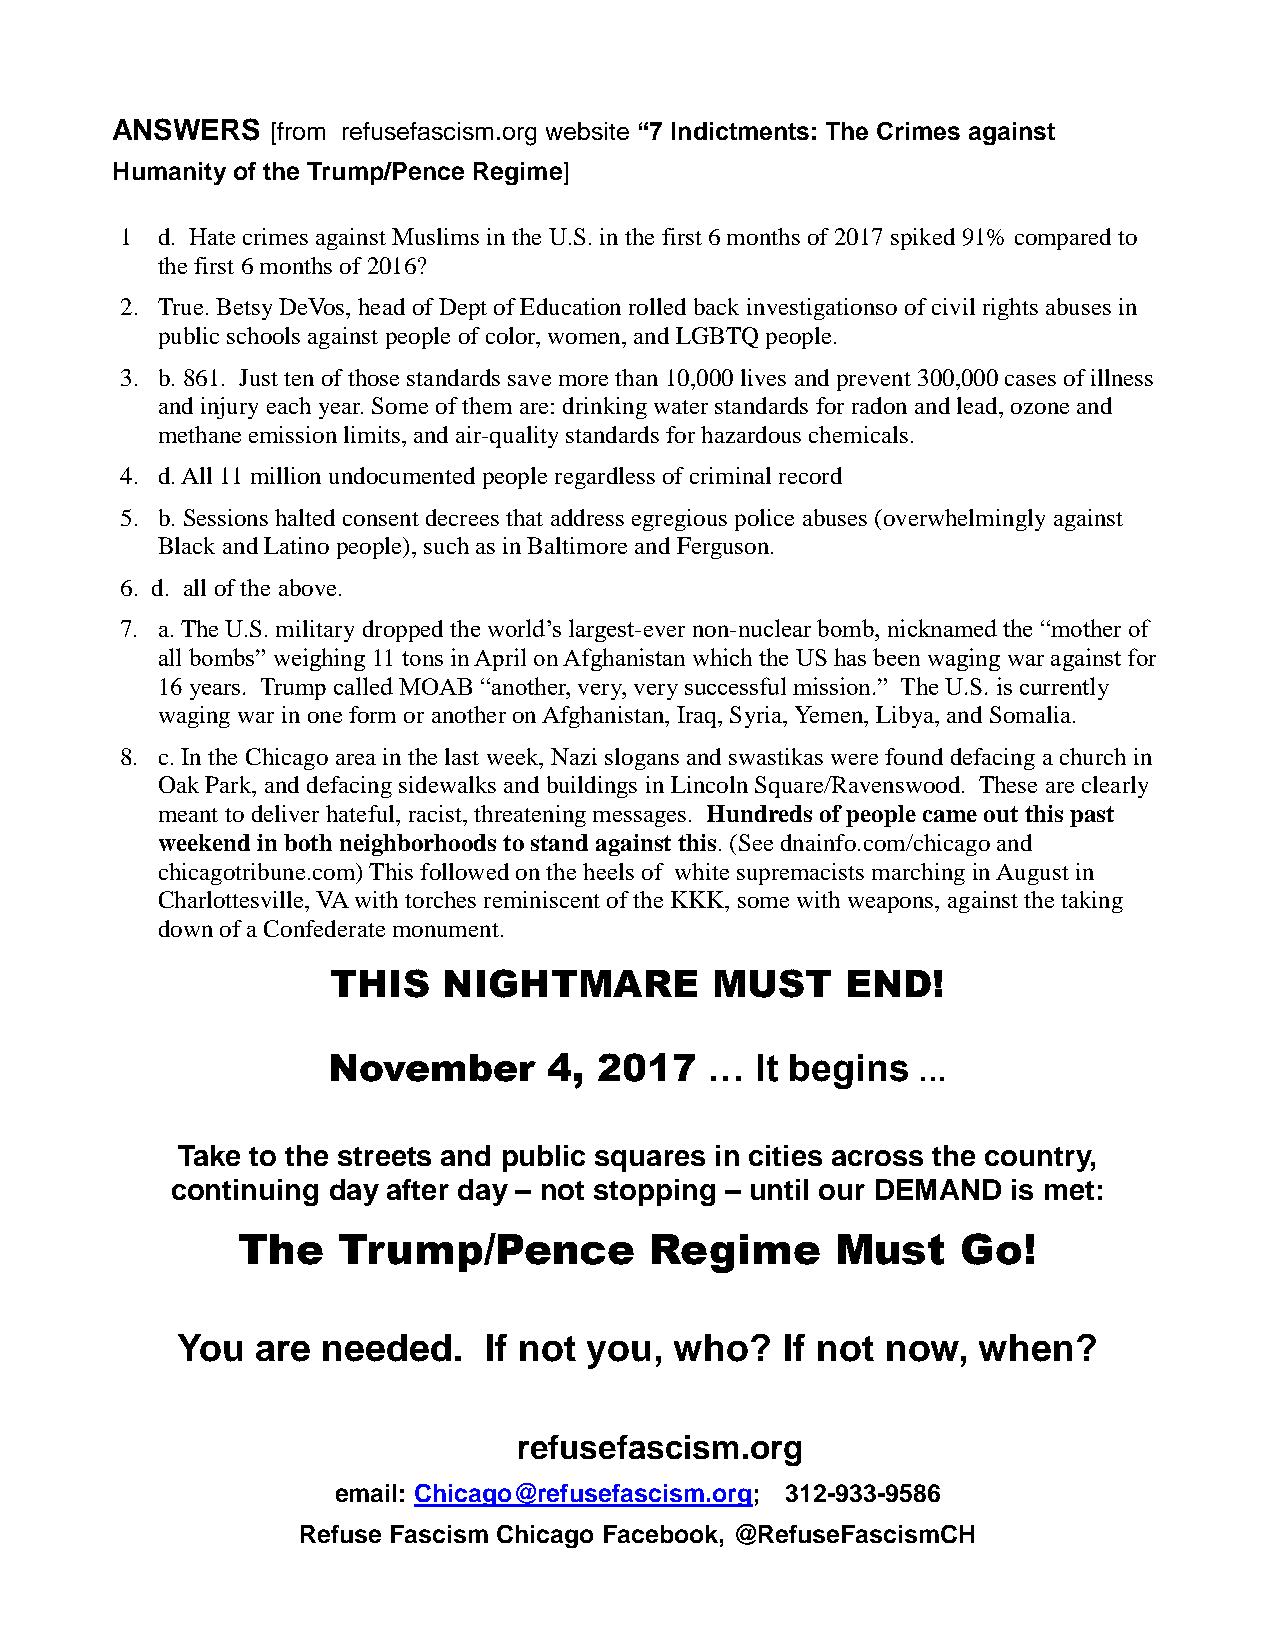
ANSWERS    [from refusefascism.org website “7 Indictments: The Crimes against
 Humanity of the Trump/Pence Regime]
 1 d. Hate crimes against Muslims in the U.S. in the first 6 months of 2017 spiked 91% compared to
 the first 6 months of 2016?
 2. True. Betsy DeVos, head of Dept of Education rolled back investigationso of civil rights abuses in
 public schools against people of color, women, and LGBTQ people.
 3. b. 861. Just ten of those standards save more than 10,000 lives and prevent 300,000 cases of illness
 and injury each year. Some of them are: drinking water standards for radon and lead, ozone and
 methane emission limits, and air-quality standards for hazardous chemicals.
 4. d. All 11 million undocumented people regardless of criminal record
 5. b. Sessions halted consent decrees that address egregious police abuses (overwhelmingly against
 Black and Latino people), such as in Baltimore and Ferguson.
 6. d. all of the above.
 7. a. The U.S. military dropped the world’s largest-ever non-nuclear bomb, nicknamed the “mother of
 all bombs” weighing 11 tons in April on Afghanistan which the US has been waging war against for
 16 years. Trump called MOAB “another, very, very successful mission.” The U.S. is currently
 waging war in one form or another on Afghanistan, Iraq, Syria, Yemen, Libya, and Somalia.
 8. c. In the Chicago area in the last week, Nazi slogans and swastikas were found defacing a church in
 Oak Park, and defacing sidewalks and buildings in Lincoln Square/Ravenswood. These are clearly
 meant to deliver hateful, racist, threatening messages. Hundreds of people came out this past
 weekend in both neighborhoods to stand against this. (See dnainfo.com/chicago and
 chicagotribune.com) This followed on the heels of white supremacists marching in August in
 Charlottesville, VA with torches reminiscent of the KKK, some with weapons, against the taking
 down of a Confederate monument.
 THIS   NIGHTMARE         MUST     END!
 November      4,  2017   …  It begins
 …
 Take to the streets and public squares in cities across the country,
 continuing day after day – not stopping – until our DEMAND is met:
 The   Trump/Pence          Regime      Must     Go!
 You  are needed.    If not you,  who?   If not now,  when?
 refusefascism.org
 email: Chicago@refusefascism.org; 312-933-9586
 Refuse Fascism Chicago Facebook, @RefuseFascismCH